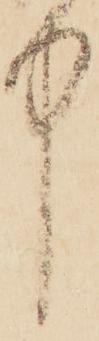
中